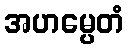
အဟမ္ပေတံ